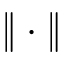
\Vert \cdot \Vert